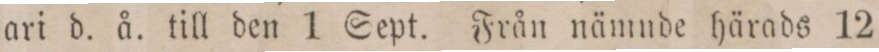
ari d. å. till den 1 Sept. Från nämnde härads 12